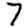
Digit: 7